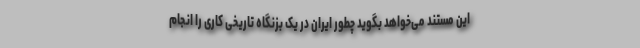
این مستند می‌خواهد بگوید چطور ایران در یک بزنگاه تاریخی کاری را انجام